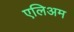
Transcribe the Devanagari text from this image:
एलिअम